Indian journal of veterinary science and animal husbandry - Volume 6,
Year: 1936
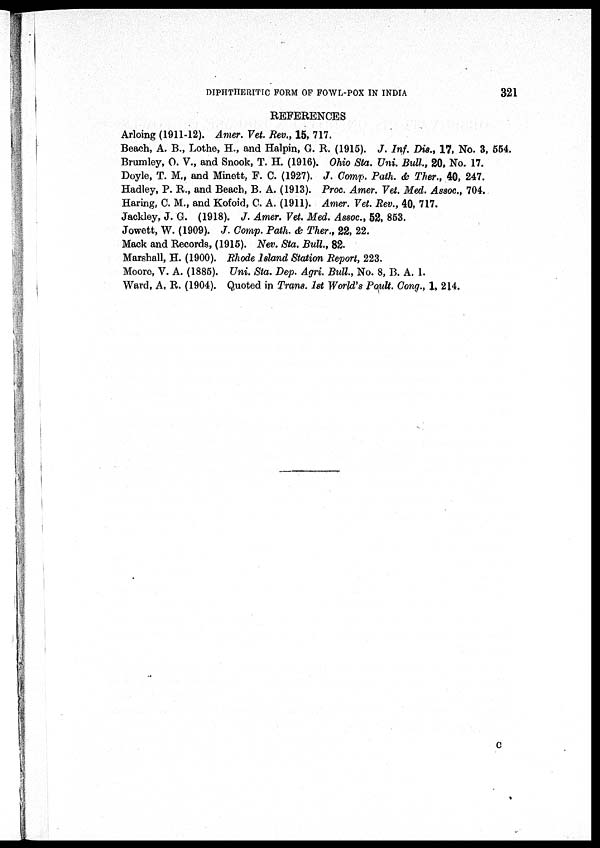
DIPHTHERITIC FORM OF FOWL-POX IN INDIA
321
REFERENCES
Arloing (1911-12). Amer. Vet. Rev., 15, 717.
Beach, A. B., Lothe, H., and Halpin, G. R. (1915). J. Inf. Dis., 17, No. 3, 554.
Brumley, O. V., and Snook, T. H. (1916). Ohio Sta. Uni. Bull., 20, No. 17.
Doyle, T. M., and Minett, F. C. (1927). J. Comp. Path. & Ther., 40, 247.
Hadley, P. R., and Beach, B. A. (1913). Proc. Amer. Vet. Med. Assoc., 704.
Haring, C. M., and Kofoid, C. A. (1911). Amer. Vet. Rev., 40, 717.
Jackley, J. G. (1918). J. Amer. Vet. Med. Assoc., 52, 853.
Jowett, W. (1909). J. Comp. Path. & Ther., 22, 22.
Mack and Records, (1915). Nev. Sta. Bull., 82.
Marshall, H. (1900). Rhode Island Station Report, 223.
Moore, V. A. (1885). Uni. Sta. Dep. Agri. Bull., No. 8, B. A. 1.
Ward, A. R. (1904). Quoted in Trans. 1st World's Poult. Cong., 1, 214.